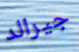
جيرالد